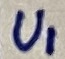
Text: U1